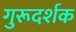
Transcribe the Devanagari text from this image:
गुरूदर्शक